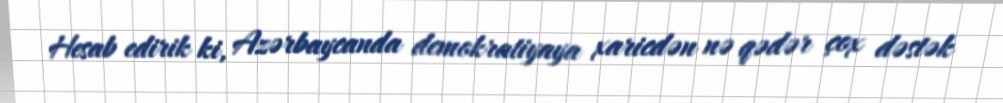
Hesab edirik ki, Azərbaycanda demokratiyaya xaricdən nə qədər çox dəstək